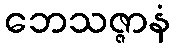
ဘေသဇ္ဇာနံ